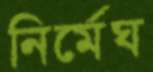
নির্মেঘ